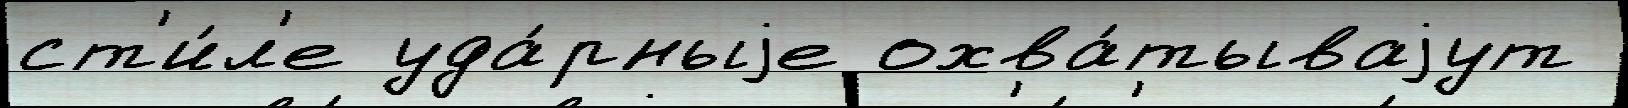
ст'и́л'е уда́рныjе охва́тываjут